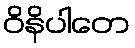
ဝိနိပါတေ